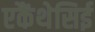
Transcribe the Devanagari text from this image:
एकैंथेसिई